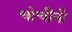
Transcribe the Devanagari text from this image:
चोचींनी